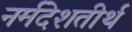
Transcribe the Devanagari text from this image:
नर्मदेशतीर्थ